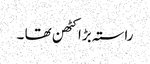
راستہ بڑا کٹھن تھا ۔